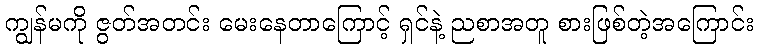
ကျွန်မကို ဇွတ်အတင်း မေးနေတာကြောင့် ရှင်နဲ့ ညစာအတူ စားဖြစ်တဲ့အကြောင်း